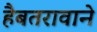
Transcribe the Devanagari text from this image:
हैबतरावाने